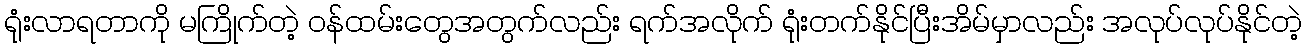
ရုံးလာရတာကို မကြိုက်တဲ့ ဝန်ထမ်းတွေအတွက်လည်း ရက်အလိုက် ရုံးတက်နိုင်ပြီးအိမ်မှာလည်း အလုပ်လုပ်နိုင်တဲ့